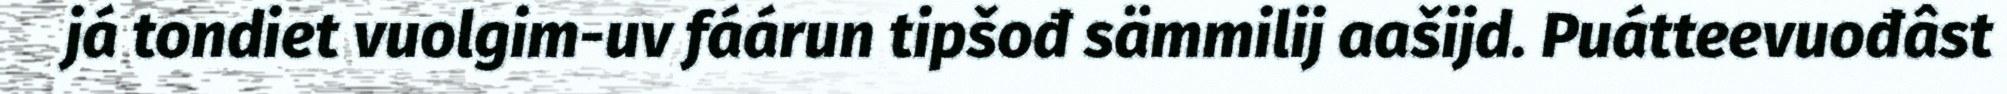
já tondiet vuolgim-uv fáárun tipšođ sämmilij aašijd. Puátteevuođâst